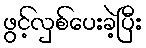
ဖွင့်လှစ်ပေးခဲ့ပြီး